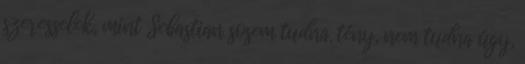
szeresselek, mint Sebastian sosem tudna. tény, nem tudna úgy,